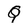
Character: Q